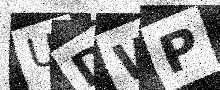
Text: UDWP